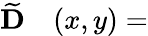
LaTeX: \begin{array}{rl}{\widetilde{\mathbf{D}}}&{{}(x,y)=}\end{array}